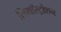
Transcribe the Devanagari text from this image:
लिथॉस्ट्रोशन